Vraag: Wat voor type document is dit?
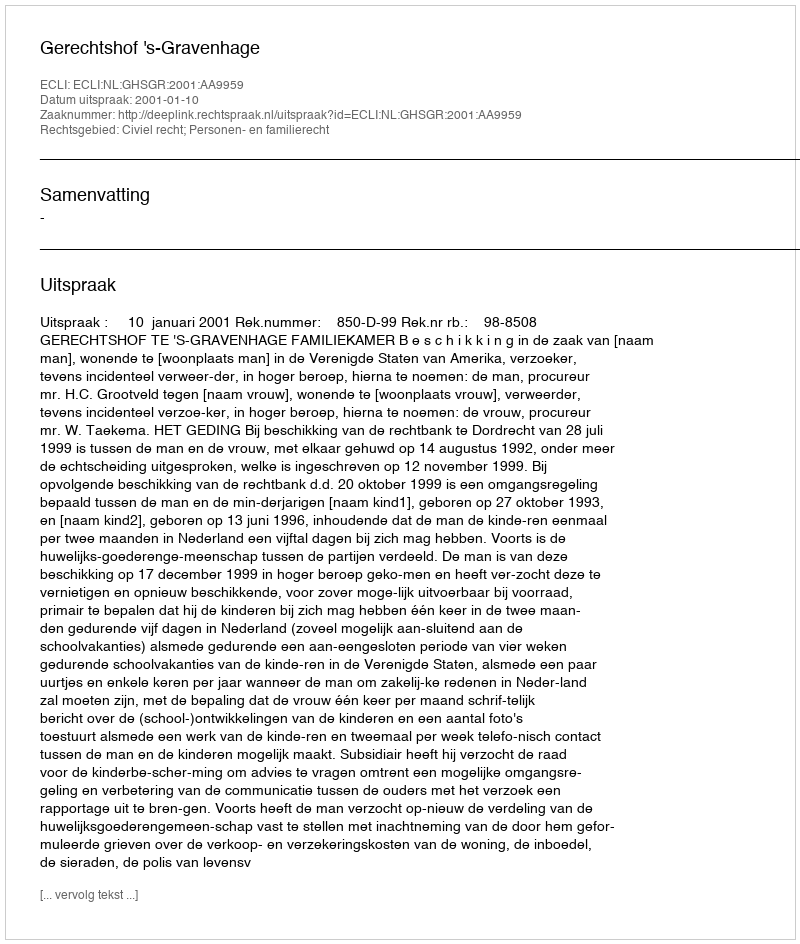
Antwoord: Uitspraak